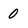
Character: 0